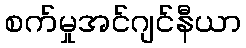
စက်မှုအင်ဂျင်နီယာ